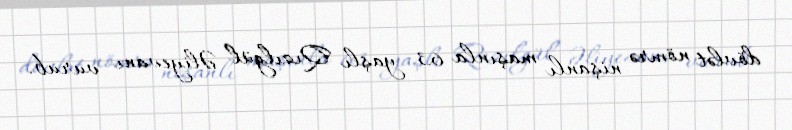
dövlət nömrə nişanlı maşınla 63 yaşlı Qızılgül Əliyevanı vurub.